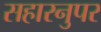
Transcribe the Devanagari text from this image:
सहारनुपर